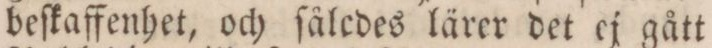
beſkaffenhet, och ſålcdes lärer det ej gått